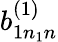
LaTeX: b_{1n_{1}n}^{(1)}